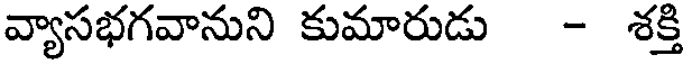
వ్యాసభగవానుని కుమారుడు - శక్తి